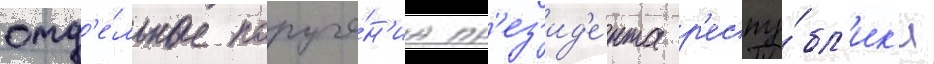
отд'е́льные поруче́н'иа пр'ез'ид'е́нта р'еспу́бл'ик'и